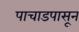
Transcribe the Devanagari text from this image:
पाचाडपासून